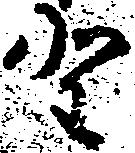
野